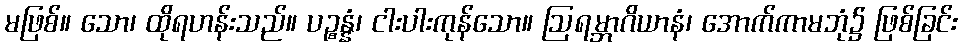
မဖြစ်။ သော၊ ထိုရဟန်းသည်။ ပဉ္စန္နံ၊ ငါးပါးကုန်သော။ ဩရမ္ဘာဂိယာနံ၊ အောက်ကာမဘုံ၌ ဖြစ်ခြင်း